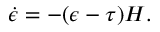
\dot { \epsilon } = - ( \epsilon - \tau ) H .